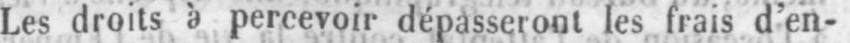
Les droits à percevoir dépasseront les frais d’en-